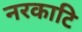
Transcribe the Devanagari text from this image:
नरकाटि